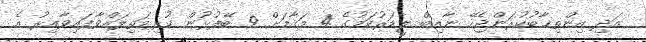
އަދި އިންތިޚާބުކުރަންޖެހޭ ނާއިބް ލީޑަރުކަމުގެ 4 މަޤާމަށް 9 ބޭފުޅުން ކުރިމަތިލައްވާފައިވާއިރު އެ